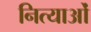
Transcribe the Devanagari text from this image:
नित्याओं